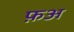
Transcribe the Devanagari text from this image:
फ़अ